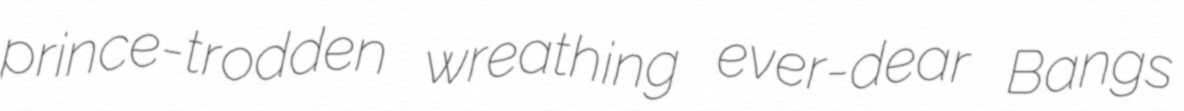
prince-trodden wreathing ever-dear Bangs